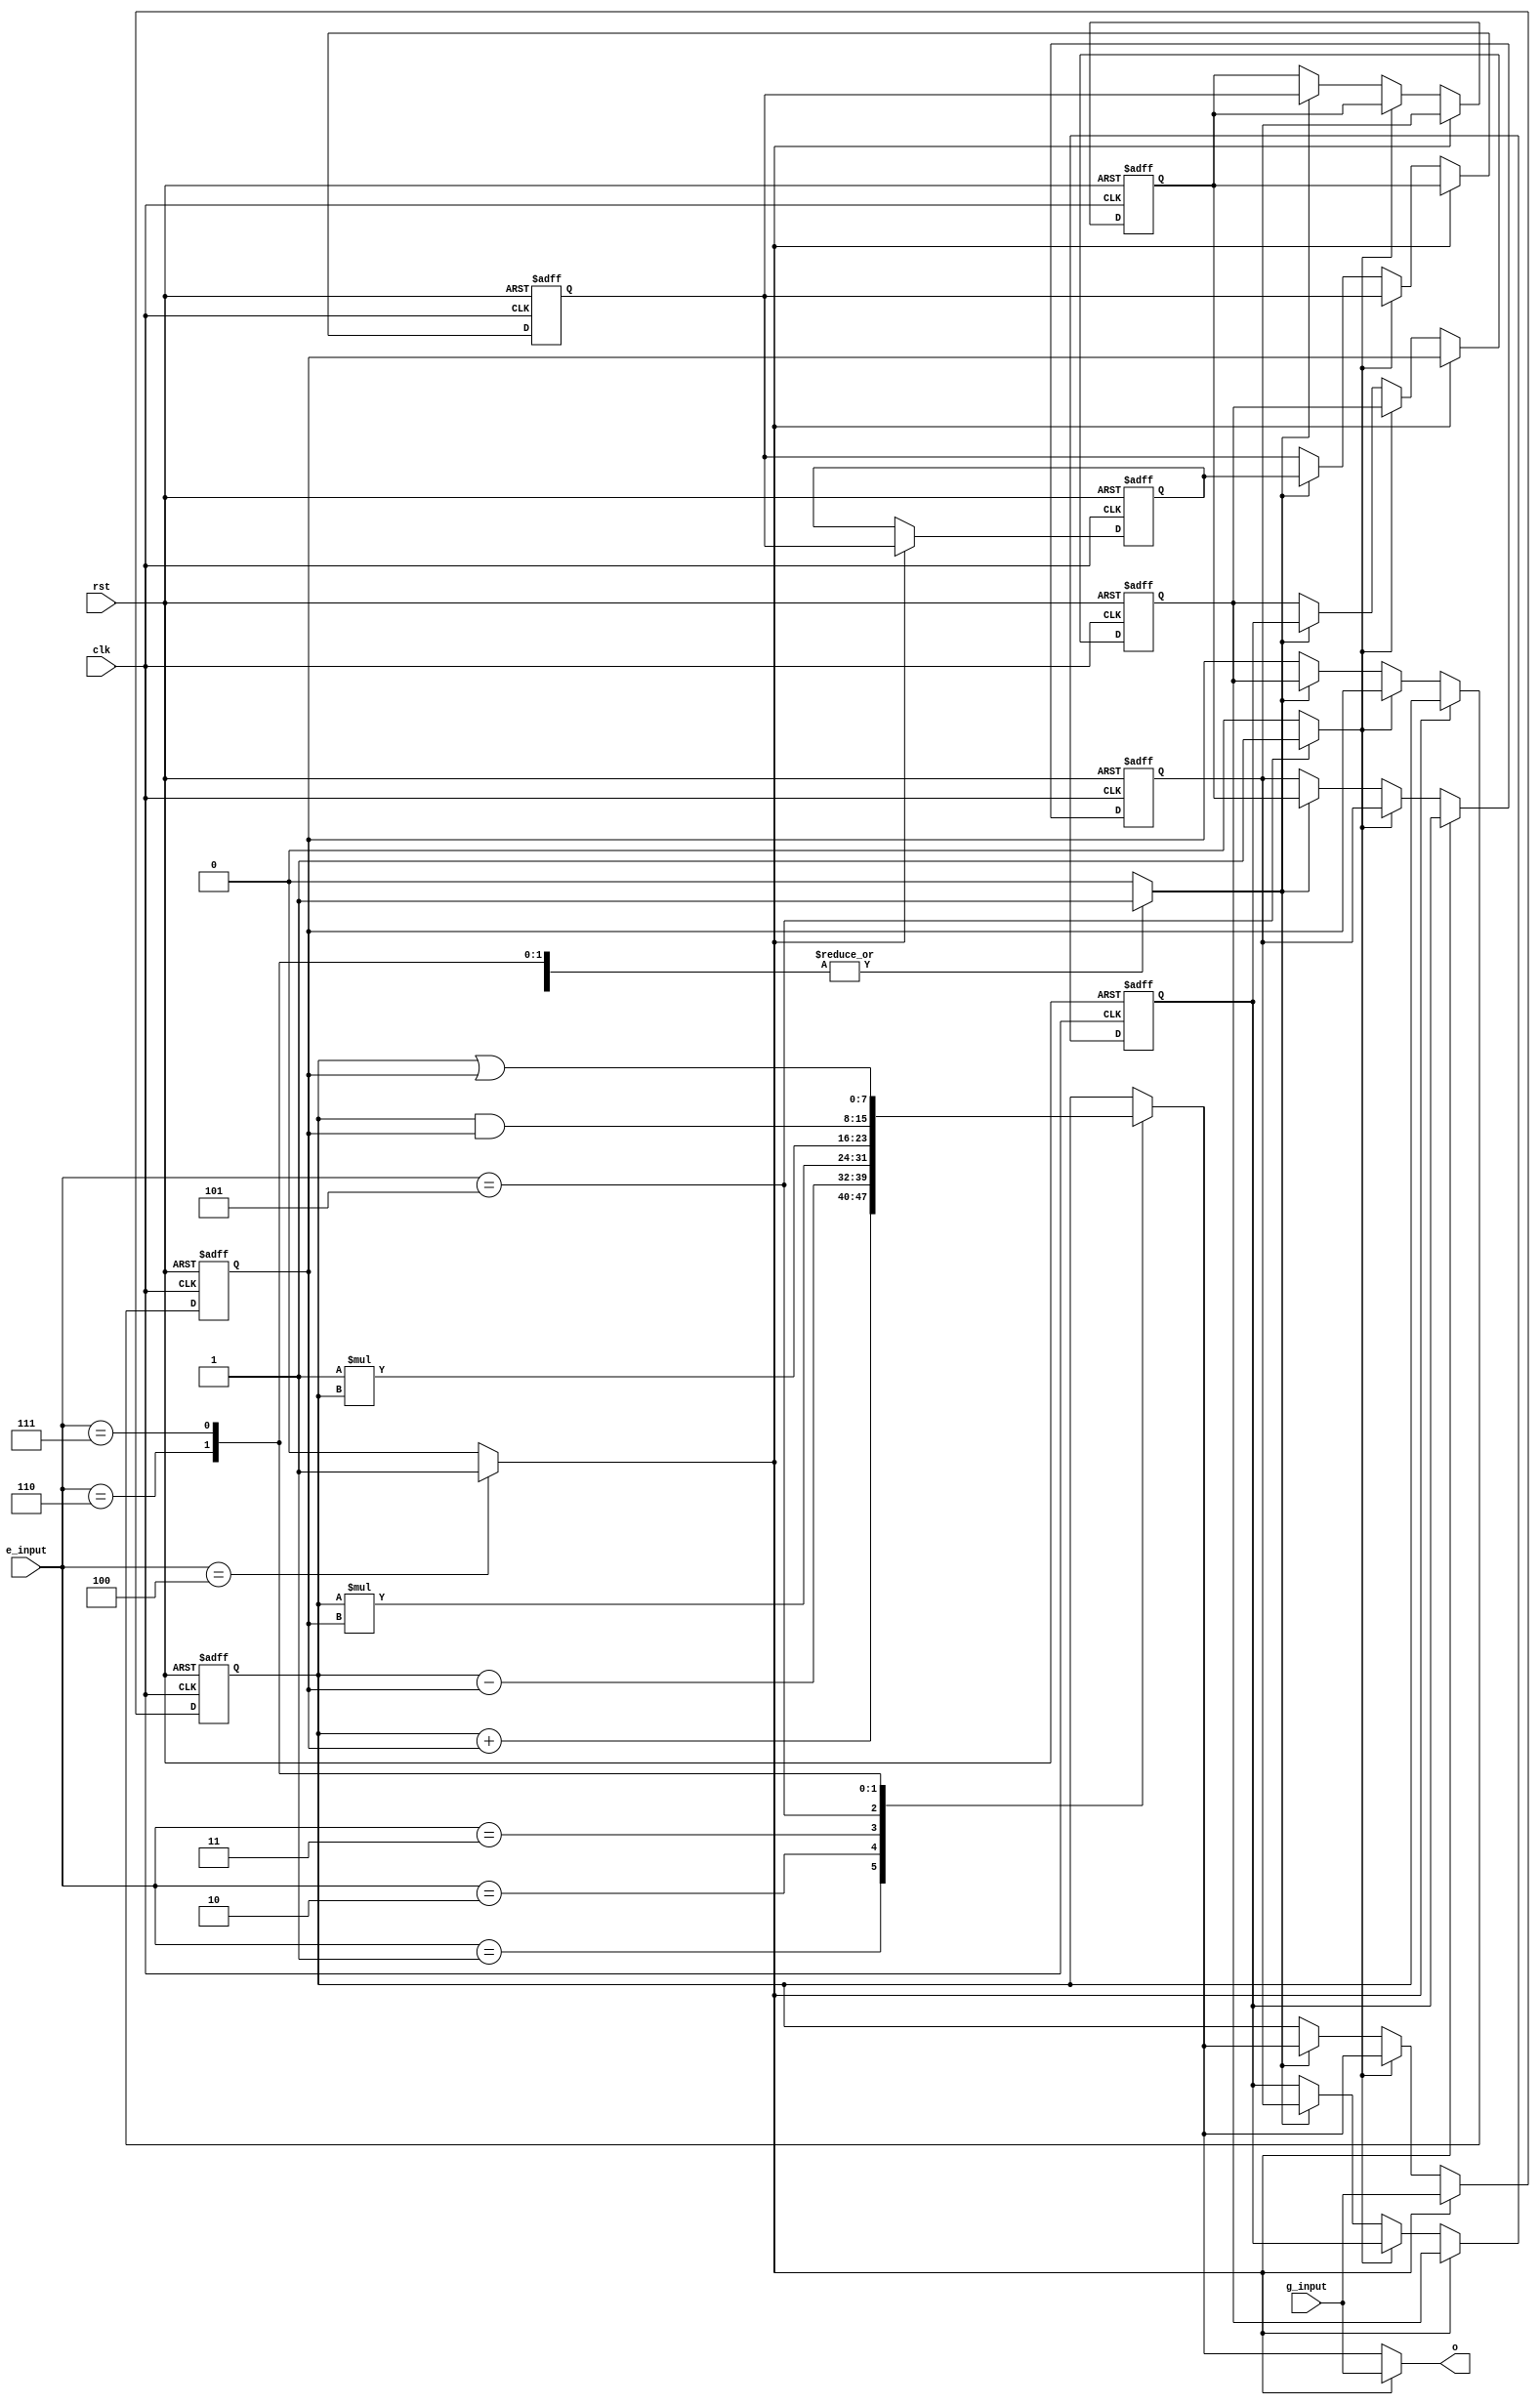
module stackMachine
#(
	parameter N=8, 
	parameter S=8 
)
(
	clk,
	rst,
	g_input,
	e_input,
	o
);
	input						          clk;
	input						          rst;
	input signed		  [N-1:0]	g_input;
	input				      [2:0] 	e_input;
	output reg signed	[N-1:0]	o;
	reg signed			[N-1:0]	alu;
	reg signed			[N-1:0]	stack[S-1:0];
	reg 						push;
	reg 						op1;
	reg 						op2;
	integer j;
	always@(*)
	begin
		push <= 0;
		op1 <= 0;
		op2 <= 0;
		alu <= stack[0];
		case(e_input)
		3'd0:
		begin
		 	alu <= stack[0];
		end
		3'd1:
		begin
		 	alu <= stack[0] + stack[1];
		 	op2 <= 1'b1;		
		end
		3'd2:
		begin
		 	alu <= stack[0] - stack[1];	
		 	op2 <= 1'b1;
		end
		3'd3:
		begin
		 	alu <= stack[0] * stack[1];
		 	op2 <= 1'b1; 	
		end
		3'd4:
		begin
		 	push <= 1;
		end
		3'd5:
		begin
		 	alu <= -1 * stack[0];
		 	op1 <= 1'b1; 
		end
		3'd6:
		begin
		 	alu <= stack[0] & stack[1];
		 	op2 <= 1'b1; 
		end
		3'd7:
		begin
		 	alu <= stack[0] | stack[1];
		 	op2 <= 1'b1; 
		end
		3'd8:
		begin
		 	alu <= stack[0] ^ stack[1];
		 	op2 <= 1'b1; 
		end
		endcase
	end
	always @(*) 
	begin
		if(push)
		begin
			o <= g_input; 
		end
		else
		begin
			o <= alu; 
		end
	end
	always@(posedge clk or posedge rst)
	begin
		if(rst)
		begin
			for(j=0;j<S;j=j+1)
			begin
				stack[j] <= 0;
			end
		end
		else
		begin
			if(push)
			begin
				stack[0] <= g_input; 
				for(j=1;j<S;j=j+1)
				begin
					stack[j] <= stack[j-1];
				end
			end
			else if(op1)
			begin
				stack[0] <= alu; 
			end
			else if(op2)
			begin
				stack[0] <= alu; 
				for(j=1;j<S-1;j=j+1)
				begin
					stack[j] <= stack[j+1];
				end
			end
		end
	end
endmodule